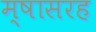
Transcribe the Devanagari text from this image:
म्षासरह